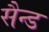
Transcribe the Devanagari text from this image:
सैन्ड